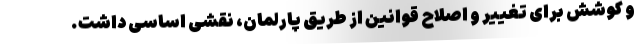
و کوشش برای تغییر و اصلاح قوانین از طریق پارلمان، نقشی اساسی داشت.